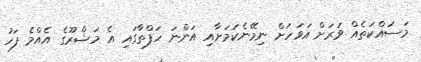
މަސައްކަތެއް ވަރަށް އަވަހަށް ނިމޭނެކަމަށާއި އަންނަ ހަފްތާގައި އެ މަޝްރޫގެ އެއްމެ ފަހު